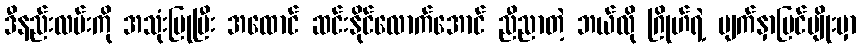
ဒီနည်းလမ်းကို အသုံးပြုပြီး အထောင် ဆင်းနိုင်လောက်အောင် ညီညာတဲ့ ဘယ်လို ဂြိုဟ်ရဲ့ မျက်နှာပြင်မျိုးမှာ